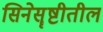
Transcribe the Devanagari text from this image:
सिनेसॄष्टीतील